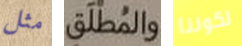
مثل والمطلق لكوننا